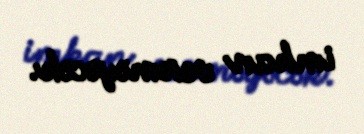
imkan verməyəcək.